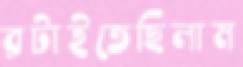
রটাইতেছিলাম